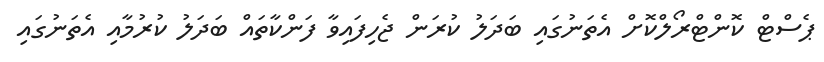
ޕެސްޓް ކޮންޓްރޯލްކޮށް އެތަނުގައި ބަދަލު ކުރަން ޖެހިފައިވާ ފަންކާތައް ބަދަލު ކުރުމާއި އެތަނުގައި